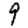
Digit: 9